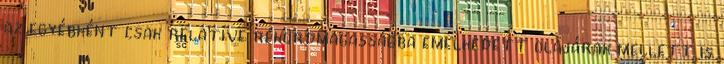
az egyébként csak relatíve rekordmagasságba emelkedett olajárak mellett is